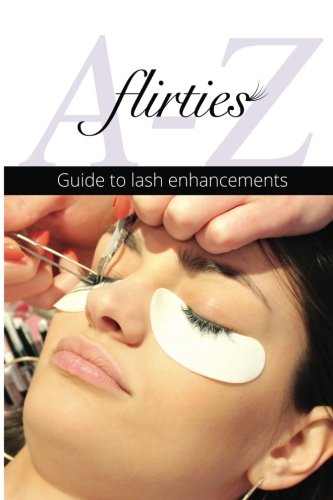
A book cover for Flirties - A-Z Guide To Lash Enhancements; Britta Krueger; Education & Teaching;